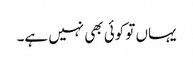
یہاں تو کوئی بھی نہیں ہے۔